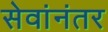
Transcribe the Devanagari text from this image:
सेवांनंतर